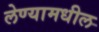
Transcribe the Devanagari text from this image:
लेण्यामधील